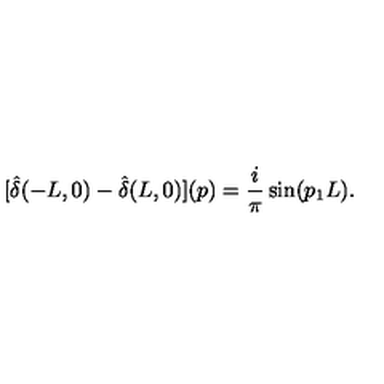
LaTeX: [ \hat { \delta } ( - L , 0 ) - \hat { \delta } ( L , 0 ) ] ( p ) = \frac { i } { \pi } \sin ( p _ { 1 } L ) .